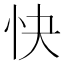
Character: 快